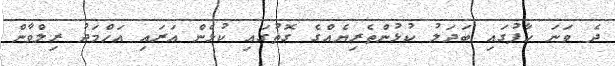
ދެ ވަނަ ހާފުގައި ބަދަލު ކުޅުންތެރިޔެއްގެ ގޮތުގައި ކުޅެން އަރައި އަހްމަދު ރިލްވާން